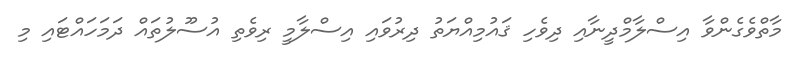
މާތްވެގެންވާ އިސްލާމްދީނާއި ދިވެހި ޤައުމިއްޔަތު ދިރުވައި އިސްލާމީ ރިވެތި އުސޫލުތައް ދަމަހައްޓައި މި